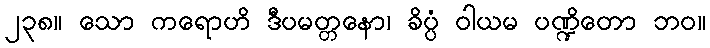
၂၃၈။ သော ကရောဟိ ဒီပမတ္တနော၊ ခိပ္ပံ ဝါယမ ပဏ္ဍိတော ဘဝ။